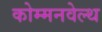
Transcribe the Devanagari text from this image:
कोम्मनवेल्थ